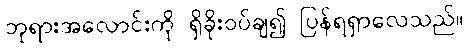
ဘုရားအလောင်းကို ရှိခိုးဝပ်ချ၍ ပြန်ရရှာလေသည်။